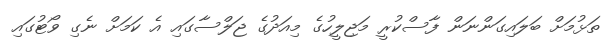
ތަޅުމަށް ބަލައިގަންނަން ފާސްކުރީ މަޖިލީހުގެ މިއަދުގެ ޖަލްސާގައި އެ ކަމަށް ނެގި ވޯޓުގައި